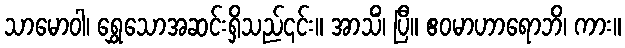
သာမောဝါ၊ ရွှေသောအဆင်းရှိသည်၎င်း။ အာသိံ၊ ပြီ။ ဧဝမာဟာရောဘိ၊ ကား။